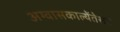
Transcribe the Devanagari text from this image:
अग्वासकाल्येंतेसचे